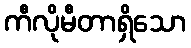
ကီလိုမီတာရှိသော